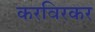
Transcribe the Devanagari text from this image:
करविरकर